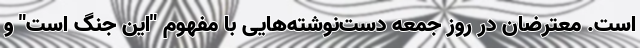
است. معترضان در روز جمعه دست‌نوشته‌هایی با مفهوم "این جنگ است" و